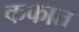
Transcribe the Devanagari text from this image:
कफात